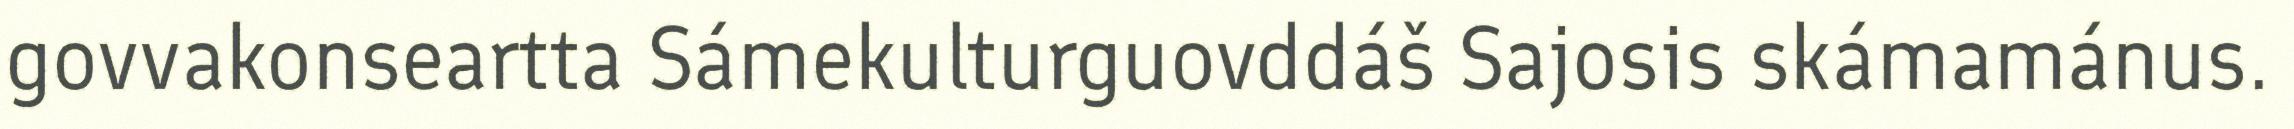
govvakonseartta Sámekulturguovddáš Sajosis skámamánus.